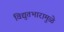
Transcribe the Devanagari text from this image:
विद्युतभारामुळे